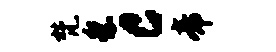
梵祭c帝